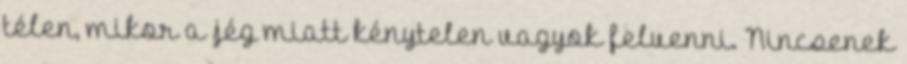
télen, mikor a jég miatt kénytelen vagyok felvenni. Nincsenek